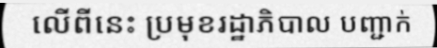
លើពីនេះ ប្រមុខរដ្ឋាភិបាល បញ្ជាក់